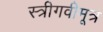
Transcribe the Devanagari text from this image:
स्त्रीगवीमूत्र